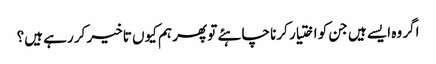
اگر وہ ایسے ہیں جن کو اختیار کرنا چاہئے تو پھر ہم کیوں تاخیر کر رہے ہیں؟